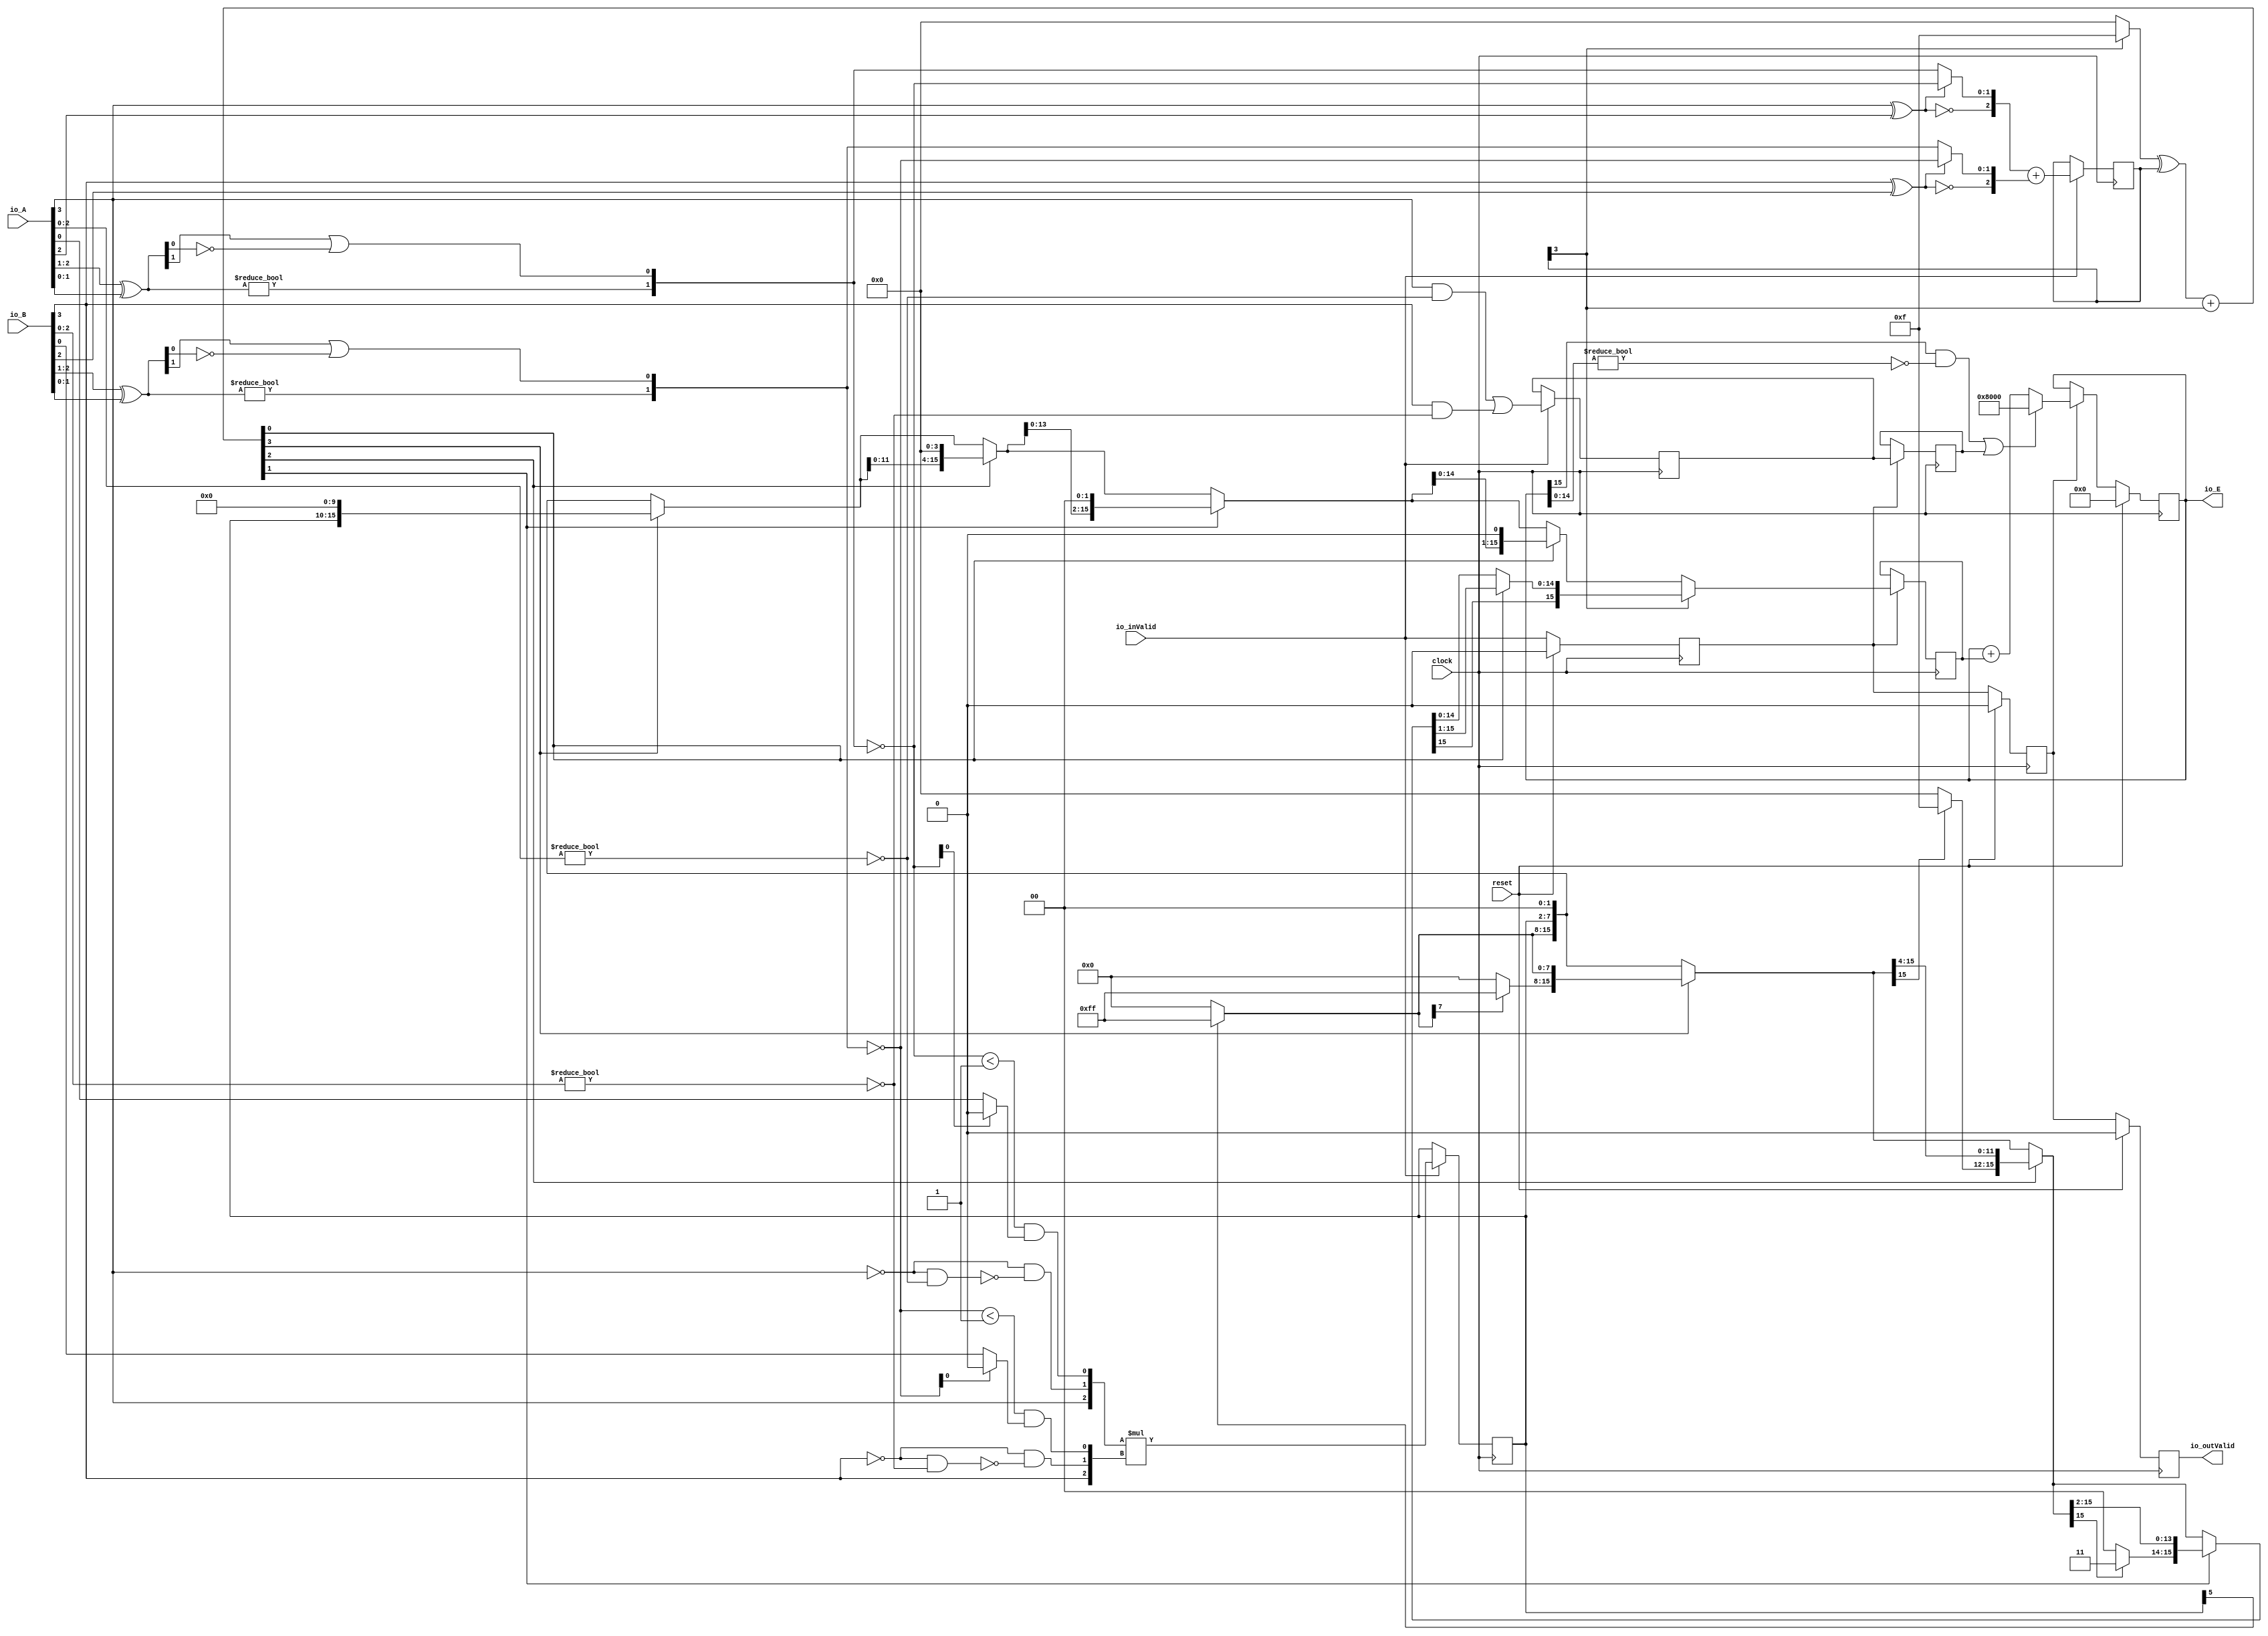
module PositEMA6_4_0(
  input         clock,
  input         reset,
  input         io_inValid,
  input  [3:0]  io_A,
  input  [3:0]  io_B,
  output [15:0] io_E,
  output        io_outValid
);
  wire  _T_1; // @[convert.scala 18:24]
  wire  _T_2; // @[convert.scala 18:40]
  wire  _T_3; // @[convert.scala 18:36]
  wire [1:0] _T_4; // @[convert.scala 19:24]
  wire [1:0] _T_5; // @[convert.scala 19:43]
  wire [1:0] _T_6; // @[convert.scala 19:39]
  wire  _T_7; // @[LZD.scala 39:14]
  wire  _T_8; // @[LZD.scala 39:21]
  wire  _T_9; // @[LZD.scala 39:30]
  wire  _T_10; // @[LZD.scala 39:27]
  wire  _T_11; // @[LZD.scala 39:25]
  wire [1:0] _T_12; // @[Cat.scala 29:58]
  wire [1:0] _T_13; // @[convert.scala 21:22]
  wire  _T_14; // @[convert.scala 22:36]
  wire  _T_15; // @[Shift.scala 16:24]
  wire  _T_16; // @[Shift.scala 17:37]
  wire  _T_18; // @[Shift.scala 63:39]
  wire  decA_fraction; // @[Shift.scala 16:10]
  wire  _T_22; // @[convert.scala 25:26]
  wire [1:0] _T_24; // @[convert.scala 25:42]
  wire [2:0] _T_25; // @[Cat.scala 29:58]
  wire [2:0] _T_27; // @[convert.scala 29:56]
  wire  _T_28; // @[convert.scala 29:60]
  wire  _T_29; // @[convert.scala 29:41]
  wire  decA_isNaR; // @[convert.scala 29:39]
  wire  _T_32; // @[convert.scala 30:19]
  wire  decA_isZero; // @[convert.scala 30:41]
  wire [2:0] decA_scale; // @[convert.scala 32:24]
  wire  _T_41; // @[convert.scala 18:24]
  wire  _T_42; // @[convert.scala 18:40]
  wire  _T_43; // @[convert.scala 18:36]
  wire [1:0] _T_44; // @[convert.scala 19:24]
  wire [1:0] _T_45; // @[convert.scala 19:43]
  wire [1:0] _T_46; // @[convert.scala 19:39]
  wire  _T_47; // @[LZD.scala 39:14]
  wire  _T_48; // @[LZD.scala 39:21]
  wire  _T_49; // @[LZD.scala 39:30]
  wire  _T_50; // @[LZD.scala 39:27]
  wire  _T_51; // @[LZD.scala 39:25]
  wire [1:0] _T_52; // @[Cat.scala 29:58]
  wire [1:0] _T_53; // @[convert.scala 21:22]
  wire  _T_54; // @[convert.scala 22:36]
  wire  _T_55; // @[Shift.scala 16:24]
  wire  _T_56; // @[Shift.scala 17:37]
  wire  _T_58; // @[Shift.scala 63:39]
  wire  decB_fraction; // @[Shift.scala 16:10]
  wire  _T_62; // @[convert.scala 25:26]
  wire [1:0] _T_64; // @[convert.scala 25:42]
  wire [2:0] _T_65; // @[Cat.scala 29:58]
  wire [2:0] _T_67; // @[convert.scala 29:56]
  wire  _T_68; // @[convert.scala 29:60]
  wire  _T_69; // @[convert.scala 29:41]
  wire  decB_isNaR; // @[convert.scala 29:39]
  wire  _T_72; // @[convert.scala 30:19]
  wire  decB_isZero; // @[convert.scala 30:41]
  wire [2:0] decB_scale; // @[convert.scala 32:24]
  wire  outIsNaR; // @[PositEMA.scala 53:29]
  wire [3:0] mulScale; // @[PositEMA.scala 54:35]
  wire  _T_80; // @[PositEMA.scala 55:33]
  wire  _T_81; // @[PositEMA.scala 55:46]
  wire  _T_82; // @[PositEMA.scala 55:44]
  wire [2:0] _T_84; // @[Cat.scala 29:58]
  wire [2:0] sigA; // @[PositEMA.scala 55:75]
  wire  _T_85; // @[PositEMA.scala 56:33]
  wire  _T_86; // @[PositEMA.scala 56:46]
  wire  _T_87; // @[PositEMA.scala 56:44]
  wire [2:0] _T_89; // @[Cat.scala 29:58]
  wire [2:0] sigB; // @[PositEMA.scala 56:75]
  wire [5:0] _T_90; // @[PositEMA.scala 57:24]
  wire [5:0] sigP; // @[PositEMA.scala 57:32]
  reg  inValid_phase2; // @[Valid.scala 117:22]
  reg [31:0] _RAND_0;
  reg  outIsNaR_phase2; // @[Reg.scala 15:16]
  reg [31:0] _RAND_1;
  reg [5:0] mulSig_phase2; // @[Reg.scala 15:16]
  reg [31:0] _RAND_2;
  reg [3:0] mulScale_phase2; // @[Reg.scala 15:16]
  reg [31:0] _RAND_3;
  wire  _T_103; // @[Abs.scala 10:21]
  wire [3:0] _T_105; // @[Bitwise.scala 71:12]
  wire [3:0] _T_106; // @[Abs.scala 10:31]
  wire [3:0] _T_107; // @[Abs.scala 10:26]
  wire [3:0] _GEN_10; // @[Abs.scala 10:39]
  wire [3:0] absScale; // @[Abs.scala 10:39]
  wire  _T_110; // @[PositEMA.scala 77:65]
  wire [7:0] _T_112; // @[Bitwise.scala 71:12]
  wire [15:0] extSig; // @[Cat.scala 29:58]
  wire  _T_117; // @[Shift.scala 12:21]
  wire [7:0] _T_118; // @[Shift.scala 64:52]
  wire [15:0] _T_120; // @[Cat.scala 29:58]
  wire [15:0] _T_121; // @[Shift.scala 64:27]
  wire [2:0] _T_122; // @[Shift.scala 66:70]
  wire  _T_123; // @[Shift.scala 12:21]
  wire [11:0] _T_124; // @[Shift.scala 64:52]
  wire [15:0] _T_126; // @[Cat.scala 29:58]
  wire [15:0] _T_127; // @[Shift.scala 64:27]
  wire [1:0] _T_128; // @[Shift.scala 66:70]
  wire  _T_129; // @[Shift.scala 12:21]
  wire [13:0] _T_130; // @[Shift.scala 64:52]
  wire [15:0] _T_132; // @[Cat.scala 29:58]
  wire [15:0] _T_133; // @[Shift.scala 64:27]
  wire  _T_134; // @[Shift.scala 66:70]
  wire [14:0] _T_136; // @[Shift.scala 64:52]
  wire [15:0] _T_137; // @[Cat.scala 29:58]
  wire  _T_142; // @[Shift.scala 12:21]
  wire [7:0] _T_144; // @[Bitwise.scala 71:12]
  wire [7:0] _T_145; // @[Shift.scala 83:71]
  wire [15:0] _T_146; // @[Cat.scala 29:58]
  wire [15:0] _T_147; // @[Shift.scala 83:22]
  wire  _T_150; // @[Shift.scala 12:21]
  wire [3:0] _T_152; // @[Bitwise.scala 71:12]
  wire [11:0] _T_153; // @[Shift.scala 83:71]
  wire [15:0] _T_154; // @[Cat.scala 29:58]
  wire [15:0] _T_155; // @[Shift.scala 83:22]
  wire  _T_158; // @[Shift.scala 12:21]
  wire [1:0] _T_160; // @[Bitwise.scala 71:12]
  wire [13:0] _T_161; // @[Shift.scala 83:71]
  wire [15:0] _T_162; // @[Cat.scala 29:58]
  wire [15:0] _T_163; // @[Shift.scala 83:22]
  wire  _T_166; // @[Shift.scala 12:21]
  wire [14:0] _T_167; // @[Shift.scala 83:71]
  wire [15:0] _T_168; // @[Cat.scala 29:58]
  reg  inValid_phase3; // @[Valid.scala 117:22]
  reg [31:0] _RAND_4;
  reg  outIsNaR_phase3; // @[Reg.scala 15:16]
  reg [31:0] _RAND_5;
  reg [15:0] shiftSig_phase3; // @[Reg.scala 15:16]
  reg [31:0] _RAND_6;
  reg [15:0] quireReg; // @[PositEMA.scala 104:27]
  reg [31:0] _RAND_7;
  wire  _T_184; // @[PositEMA.scala 105:40]
  wire [14:0] _T_185; // @[PositEMA.scala 105:60]
  wire  _T_186; // @[PositEMA.scala 105:64]
  wire  _T_187; // @[PositEMA.scala 105:46]
  wire  quireIsNaR; // @[PositEMA.scala 105:44]
  wire  _T_189; // @[PositEMA.scala 108:33]
  wire [15:0] _T_192; // @[PositEMA.scala 111:46]
  reg  _T_193; // @[Valid.scala 117:22]
  reg [31:0] _RAND_8;
  assign _T_1 = io_A[3]; // @[convert.scala 18:24]
  assign _T_2 = io_A[2]; // @[convert.scala 18:40]
  assign _T_3 = _T_1 ^ _T_2; // @[convert.scala 18:36]
  assign _T_4 = io_A[2:1]; // @[convert.scala 19:24]
  assign _T_5 = io_A[1:0]; // @[convert.scala 19:43]
  assign _T_6 = _T_4 ^ _T_5; // @[convert.scala 19:39]
  assign _T_7 = _T_6 != 2'h0; // @[LZD.scala 39:14]
  assign _T_8 = _T_6[1]; // @[LZD.scala 39:21]
  assign _T_9 = _T_6[0]; // @[LZD.scala 39:30]
  assign _T_10 = ~ _T_9; // @[LZD.scala 39:27]
  assign _T_11 = _T_8 | _T_10; // @[LZD.scala 39:25]
  assign _T_12 = {_T_7,_T_11}; // @[Cat.scala 29:58]
  assign _T_13 = ~ _T_12; // @[convert.scala 21:22]
  assign _T_14 = io_A[0:0]; // @[convert.scala 22:36]
  assign _T_15 = _T_13 < 2'h1; // @[Shift.scala 16:24]
  assign _T_16 = _T_13[0]; // @[Shift.scala 17:37]
  assign _T_18 = _T_16 ? 1'h0 : _T_14; // @[Shift.scala 63:39]
  assign decA_fraction = _T_15 & _T_18; // @[Shift.scala 16:10]
  assign _T_22 = _T_3 == 1'h0; // @[convert.scala 25:26]
  assign _T_24 = _T_3 ? _T_13 : _T_12; // @[convert.scala 25:42]
  assign _T_25 = {_T_22,_T_24}; // @[Cat.scala 29:58]
  assign _T_27 = io_A[2:0]; // @[convert.scala 29:56]
  assign _T_28 = _T_27 != 3'h0; // @[convert.scala 29:60]
  assign _T_29 = ~ _T_28; // @[convert.scala 29:41]
  assign decA_isNaR = _T_1 & _T_29; // @[convert.scala 29:39]
  assign _T_32 = _T_1 == 1'h0; // @[convert.scala 30:19]
  assign decA_isZero = _T_32 & _T_29; // @[convert.scala 30:41]
  assign decA_scale = $signed(_T_25); // @[convert.scala 32:24]
  assign _T_41 = io_B[3]; // @[convert.scala 18:24]
  assign _T_42 = io_B[2]; // @[convert.scala 18:40]
  assign _T_43 = _T_41 ^ _T_42; // @[convert.scala 18:36]
  assign _T_44 = io_B[2:1]; // @[convert.scala 19:24]
  assign _T_45 = io_B[1:0]; // @[convert.scala 19:43]
  assign _T_46 = _T_44 ^ _T_45; // @[convert.scala 19:39]
  assign _T_47 = _T_46 != 2'h0; // @[LZD.scala 39:14]
  assign _T_48 = _T_46[1]; // @[LZD.scala 39:21]
  assign _T_49 = _T_46[0]; // @[LZD.scala 39:30]
  assign _T_50 = ~ _T_49; // @[LZD.scala 39:27]
  assign _T_51 = _T_48 | _T_50; // @[LZD.scala 39:25]
  assign _T_52 = {_T_47,_T_51}; // @[Cat.scala 29:58]
  assign _T_53 = ~ _T_52; // @[convert.scala 21:22]
  assign _T_54 = io_B[0:0]; // @[convert.scala 22:36]
  assign _T_55 = _T_53 < 2'h1; // @[Shift.scala 16:24]
  assign _T_56 = _T_53[0]; // @[Shift.scala 17:37]
  assign _T_58 = _T_56 ? 1'h0 : _T_54; // @[Shift.scala 63:39]
  assign decB_fraction = _T_55 & _T_58; // @[Shift.scala 16:10]
  assign _T_62 = _T_43 == 1'h0; // @[convert.scala 25:26]
  assign _T_64 = _T_43 ? _T_53 : _T_52; // @[convert.scala 25:42]
  assign _T_65 = {_T_62,_T_64}; // @[Cat.scala 29:58]
  assign _T_67 = io_B[2:0]; // @[convert.scala 29:56]
  assign _T_68 = _T_67 != 3'h0; // @[convert.scala 29:60]
  assign _T_69 = ~ _T_68; // @[convert.scala 29:41]
  assign decB_isNaR = _T_41 & _T_69; // @[convert.scala 29:39]
  assign _T_72 = _T_41 == 1'h0; // @[convert.scala 30:19]
  assign decB_isZero = _T_72 & _T_69; // @[convert.scala 30:41]
  assign decB_scale = $signed(_T_65); // @[convert.scala 32:24]
  assign outIsNaR = decA_isNaR | decB_isNaR; // @[PositEMA.scala 53:29]
  assign mulScale = $signed(decA_scale) + $signed(decB_scale); // @[PositEMA.scala 54:35]
  assign _T_80 = ~ _T_1; // @[PositEMA.scala 55:33]
  assign _T_81 = ~ decA_isZero; // @[PositEMA.scala 55:46]
  assign _T_82 = _T_80 & _T_81; // @[PositEMA.scala 55:44]
  assign _T_84 = {_T_1,_T_82,decA_fraction}; // @[Cat.scala 29:58]
  assign sigA = $signed(_T_84); // @[PositEMA.scala 55:75]
  assign _T_85 = ~ _T_41; // @[PositEMA.scala 56:33]
  assign _T_86 = ~ decB_isZero; // @[PositEMA.scala 56:46]
  assign _T_87 = _T_85 & _T_86; // @[PositEMA.scala 56:44]
  assign _T_89 = {_T_41,_T_87,decB_fraction}; // @[Cat.scala 29:58]
  assign sigB = $signed(_T_89); // @[PositEMA.scala 56:75]
  assign _T_90 = $signed(sigA) * $signed(sigB); // @[PositEMA.scala 57:24]
  assign sigP = $unsigned(_T_90); // @[PositEMA.scala 57:32]
  assign _T_103 = mulScale_phase2[3:3]; // @[Abs.scala 10:21]
  assign _T_105 = _T_103 ? 4'hf : 4'h0; // @[Bitwise.scala 71:12]
  assign _T_106 = $unsigned(mulScale_phase2); // @[Abs.scala 10:31]
  assign _T_107 = _T_105 ^ _T_106; // @[Abs.scala 10:26]
  assign _GEN_10 = {{3'd0}, _T_103}; // @[Abs.scala 10:39]
  assign absScale = _T_107 + _GEN_10; // @[Abs.scala 10:39]
  assign _T_110 = mulSig_phase2[5:5]; // @[PositEMA.scala 77:65]
  assign _T_112 = _T_110 ? 8'hff : 8'h0; // @[Bitwise.scala 71:12]
  assign extSig = {_T_112,mulSig_phase2,2'h0}; // @[Cat.scala 29:58]
  assign _T_117 = absScale[3]; // @[Shift.scala 12:21]
  assign _T_118 = extSig[7:0]; // @[Shift.scala 64:52]
  assign _T_120 = {_T_118,8'h0}; // @[Cat.scala 29:58]
  assign _T_121 = _T_117 ? _T_120 : extSig; // @[Shift.scala 64:27]
  assign _T_122 = absScale[2:0]; // @[Shift.scala 66:70]
  assign _T_123 = _T_122[2]; // @[Shift.scala 12:21]
  assign _T_124 = _T_121[11:0]; // @[Shift.scala 64:52]
  assign _T_126 = {_T_124,4'h0}; // @[Cat.scala 29:58]
  assign _T_127 = _T_123 ? _T_126 : _T_121; // @[Shift.scala 64:27]
  assign _T_128 = _T_122[1:0]; // @[Shift.scala 66:70]
  assign _T_129 = _T_128[1]; // @[Shift.scala 12:21]
  assign _T_130 = _T_127[13:0]; // @[Shift.scala 64:52]
  assign _T_132 = {_T_130,2'h0}; // @[Cat.scala 29:58]
  assign _T_133 = _T_129 ? _T_132 : _T_127; // @[Shift.scala 64:27]
  assign _T_134 = _T_128[0:0]; // @[Shift.scala 66:70]
  assign _T_136 = _T_133[14:0]; // @[Shift.scala 64:52]
  assign _T_137 = {_T_136,1'h0}; // @[Cat.scala 29:58]
  assign _T_142 = extSig[15]; // @[Shift.scala 12:21]
  assign _T_144 = _T_142 ? 8'hff : 8'h0; // @[Bitwise.scala 71:12]
  assign _T_145 = extSig[15:8]; // @[Shift.scala 83:71]
  assign _T_146 = {_T_144,_T_145}; // @[Cat.scala 29:58]
  assign _T_147 = _T_117 ? _T_146 : extSig; // @[Shift.scala 83:22]
  assign _T_150 = _T_147[15]; // @[Shift.scala 12:21]
  assign _T_152 = _T_150 ? 4'hf : 4'h0; // @[Bitwise.scala 71:12]
  assign _T_153 = _T_147[15:4]; // @[Shift.scala 83:71]
  assign _T_154 = {_T_152,_T_153}; // @[Cat.scala 29:58]
  assign _T_155 = _T_123 ? _T_154 : _T_147; // @[Shift.scala 83:22]
  assign _T_158 = _T_155[15]; // @[Shift.scala 12:21]
  assign _T_160 = _T_158 ? 2'h3 : 2'h0; // @[Bitwise.scala 71:12]
  assign _T_161 = _T_155[15:2]; // @[Shift.scala 83:71]
  assign _T_162 = {_T_160,_T_161}; // @[Cat.scala 29:58]
  assign _T_163 = _T_129 ? _T_162 : _T_155; // @[Shift.scala 83:22]
  assign _T_166 = _T_163[15]; // @[Shift.scala 12:21]
  assign _T_167 = _T_163[15:1]; // @[Shift.scala 83:71]
  assign _T_168 = {_T_166,_T_167}; // @[Cat.scala 29:58]
  assign _T_184 = quireReg[15:15]; // @[PositEMA.scala 105:40]
  assign _T_185 = quireReg[14:0]; // @[PositEMA.scala 105:60]
  assign _T_186 = _T_185 != 15'h0; // @[PositEMA.scala 105:64]
  assign _T_187 = _T_186 == 1'h0; // @[PositEMA.scala 105:46]
  assign quireIsNaR = _T_184 & _T_187; // @[PositEMA.scala 105:44]
  assign _T_189 = quireIsNaR | outIsNaR_phase3; // @[PositEMA.scala 108:33]
  assign _T_192 = quireReg + shiftSig_phase3; // @[PositEMA.scala 111:46]
  assign io_E = quireReg; // @[PositEMA.scala 120:15]
  assign io_outValid = _T_193; // @[PositEMA.scala 119:15]
`ifdef RANDOMIZE_GARBAGE_ASSIGN
`define RANDOMIZE
`endif
`ifdef RANDOMIZE_INVALID_ASSIGN
`define RANDOMIZE
`endif
`ifdef RANDOMIZE_REG_INIT
`define RANDOMIZE
`endif
`ifdef RANDOMIZE_MEM_INIT
`define RANDOMIZE
`endif
`ifndef RANDOM
`define RANDOM $random
`endif
`ifdef RANDOMIZE_MEM_INIT
  integer initvar;
`endif
initial begin
  `ifdef RANDOMIZE
    `ifdef INIT_RANDOM
      `INIT_RANDOM
    `endif
    `ifndef VERILATOR
      `ifdef RANDOMIZE_DELAY
        #`RANDOMIZE_DELAY begin end
      `else
        #0.002 begin end
      `endif
    `endif
  `ifdef RANDOMIZE_REG_INIT
  _RAND_0 = {1{`RANDOM}};
  inValid_phase2 = _RAND_0[0:0];
  `endif // RANDOMIZE_REG_INIT
  `ifdef RANDOMIZE_REG_INIT
  _RAND_1 = {1{`RANDOM}};
  outIsNaR_phase2 = _RAND_1[0:0];
  `endif // RANDOMIZE_REG_INIT
  `ifdef RANDOMIZE_REG_INIT
  _RAND_2 = {1{`RANDOM}};
  mulSig_phase2 = _RAND_2[5:0];
  `endif // RANDOMIZE_REG_INIT
  `ifdef RANDOMIZE_REG_INIT
  _RAND_3 = {1{`RANDOM}};
  mulScale_phase2 = _RAND_3[3:0];
  `endif // RANDOMIZE_REG_INIT
  `ifdef RANDOMIZE_REG_INIT
  _RAND_4 = {1{`RANDOM}};
  inValid_phase3 = _RAND_4[0:0];
  `endif // RANDOMIZE_REG_INIT
  `ifdef RANDOMIZE_REG_INIT
  _RAND_5 = {1{`RANDOM}};
  outIsNaR_phase3 = _RAND_5[0:0];
  `endif // RANDOMIZE_REG_INIT
  `ifdef RANDOMIZE_REG_INIT
  _RAND_6 = {1{`RANDOM}};
  shiftSig_phase3 = _RAND_6[15:0];
  `endif // RANDOMIZE_REG_INIT
  `ifdef RANDOMIZE_REG_INIT
  _RAND_7 = {1{`RANDOM}};
  quireReg = _RAND_7[15:0];
  `endif // RANDOMIZE_REG_INIT
  `ifdef RANDOMIZE_REG_INIT
  _RAND_8 = {1{`RANDOM}};
  _T_193 = _RAND_8[0:0];
  `endif // RANDOMIZE_REG_INIT
  `endif // RANDOMIZE
end
  always @(posedge clock) begin
    if (reset) begin
      inValid_phase2 <= 1'h0;
    end else begin
      inValid_phase2 <= io_inValid;
    end
    if (io_inValid) begin
      outIsNaR_phase2 <= outIsNaR;
    end
    if (io_inValid) begin
      mulSig_phase2 <= sigP;
    end
    if (io_inValid) begin
      mulScale_phase2 <= mulScale;
    end
    if (reset) begin
      inValid_phase3 <= 1'h0;
    end else begin
      inValid_phase3 <= inValid_phase2;
    end
    if (inValid_phase2) begin
      outIsNaR_phase3 <= outIsNaR_phase2;
    end
    if (inValid_phase2) begin
      if (_T_103) begin
        if (_T_134) begin
          shiftSig_phase3 <= _T_168;
        end else begin
          if (_T_129) begin
            shiftSig_phase3 <= _T_162;
          end else begin
            if (_T_123) begin
              shiftSig_phase3 <= _T_154;
            end else begin
              if (_T_117) begin
                shiftSig_phase3 <= _T_146;
              end else begin
                shiftSig_phase3 <= extSig;
              end
            end
          end
        end
      end else begin
        if (_T_134) begin
          shiftSig_phase3 <= _T_137;
        end else begin
          if (_T_129) begin
            shiftSig_phase3 <= _T_132;
          end else begin
            if (_T_123) begin
              shiftSig_phase3 <= _T_126;
            end else begin
              if (_T_117) begin
                shiftSig_phase3 <= _T_120;
              end else begin
                shiftSig_phase3 <= extSig;
              end
            end
          end
        end
      end
    end
    if (reset) begin
      quireReg <= 16'h0;
    end else begin
      if (inValid_phase3) begin
        if (_T_189) begin
          quireReg <= 16'h8000;
        end else begin
          quireReg <= _T_192;
        end
      end
    end
    if (reset) begin
      _T_193 <= 1'h0;
    end else begin
      _T_193 <= inValid_phase3;
    end
  end
endmodule